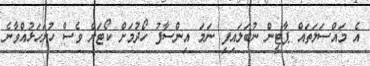
އެ މައްސަލަތައް ޕާޓީން ނުބަލައިފި ނަމަ އިންސާފު ހޯދުމަށް ކޯޓަށް ވެސް ހުށަހަޅުއްވާނެ